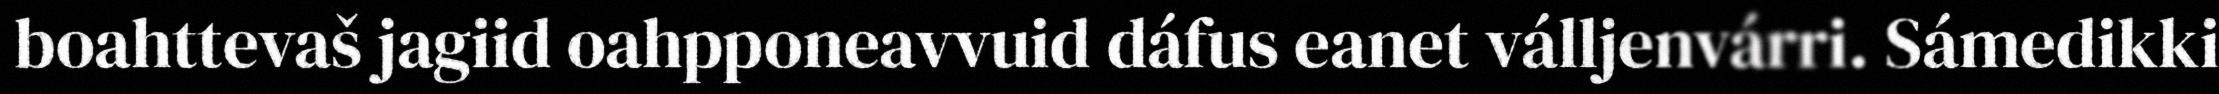
boahttevaš jagiid oahpponeavvuid dáfus eanet válljenvárri. Sámedikki